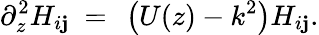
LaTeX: \partial_{z}^{2}H_{i\mathbf{j}}\ =\ \left(U(z)-k^{2}\right)H_{i\mathbf{j}}.